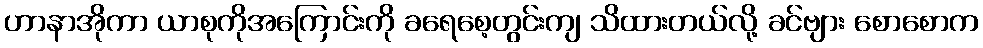
ဟာနာအိုကာ ယာစုကိုအကြောင်းကို ခရေစေ့တွင်းကျ သိထားတယ်လို့ ခင်ဗျား စောစောက